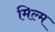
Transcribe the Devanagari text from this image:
मिल्म